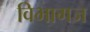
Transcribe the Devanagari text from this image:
विभागज